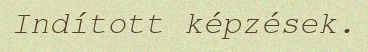
Indított képzések.